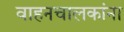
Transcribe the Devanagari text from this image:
वाहनचालकांना